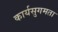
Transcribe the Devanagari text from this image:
कार्यसुगमता